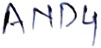
Text: AND4